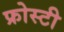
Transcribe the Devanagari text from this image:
फ्रोस्टी